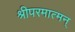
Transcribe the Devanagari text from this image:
श्रीपरमात्मन्